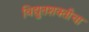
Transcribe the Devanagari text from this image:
विद्युतशक्तीचा